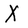
Character: X